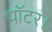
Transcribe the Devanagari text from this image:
पॉटर।